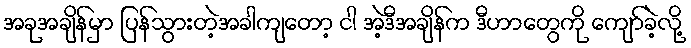
အခုအချိန်မှာ ပြန်သွားတဲ့အခါကျတော့ ငါ အဲ့ဒီအချိန်က ဒီဟာတွေကို ကျော်ခဲ့လို့